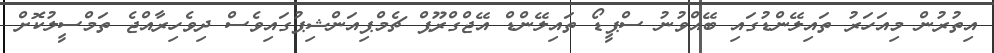
އިތުރުން މިއަހަރު ތައިލޭންޑުގައި ބޭއްވުނު ސްޕީޑޯ ތައިލޭންޑް އޭޖްގްރޫޕް ޗެމްޕިއަންޝިޕުގައިވެސް ދިވެހިރާއްޖެ ތަމްސީލުކޮށް